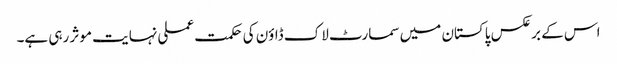
اس کے برعکس پاکستان میں سمارٹ لاک ڈاؤن کی حکمت عملی نہایت موثر رہی ہے۔